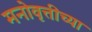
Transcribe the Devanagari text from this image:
मनोवृत्तीच्या